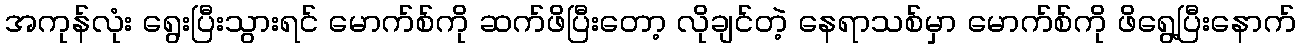
အကုန်လုံး ရွေးပြီးသွားရင် မောက်စ်ကို ဆက်ဖိပြီးတော့ လိုချင်တဲ့ နေရာသစ်မှာ မောက်စ်ကို ဖိရွေ့ပြီးနောက်